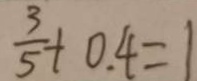
\frac { 3 } { 5 } + 0 . 4 = 1